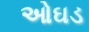
ઓઘડ